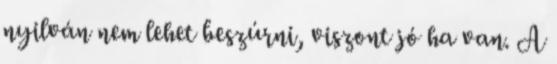
nyilván nem lehet beszúrni, viszont jó ha van. A